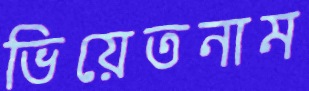
ভিয়েতনাম